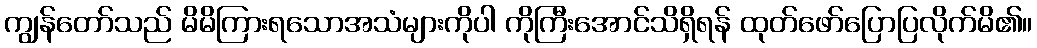
ကျွန်တော်သည် မိမိကြားရသောအသံများကိုပါ ကိုကြီးအောင်သိရှိရန် ထုတ်ဖော်ပြောပြလိုက်မိ၏။